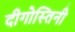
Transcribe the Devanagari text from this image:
दीगोस्तिनी